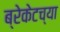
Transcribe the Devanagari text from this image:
ब्रेकेटच्या